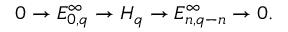
0 \to E _ { 0 , q } ^ { \infty } \to H _ { q } \to E _ { n , q - n } ^ { \infty } \to 0 .